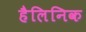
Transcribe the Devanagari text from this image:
हैलिनिक